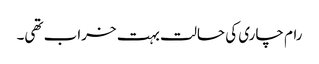
رام چاری کی حالت بہت خراب تھی۔